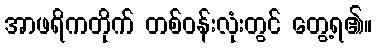
အာဖရိကတိုက် တစ်ဝန်းလုံးတွင် တွေ့ရ၏။